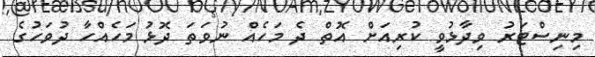
މިނިސްޓަރު ވިދާޅުވީ ކުރިއަށް އޮތް ދެ މަހެއް ނުވަތަ ދޮޅު މަހެއްހާ ދުވަހުގެ